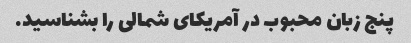
پنج زبان محبوب در آمریکای شمالی را بشناسید.